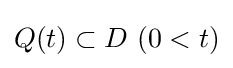
Q(t)\subset D\ (0<t)